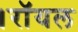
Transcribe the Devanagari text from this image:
।रॉयल